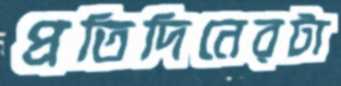
প্রতিদিনেরটা